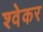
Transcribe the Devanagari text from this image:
श्वेकर